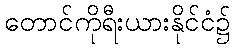
တောင်ကိုရီးယားနိုင်ငံ၌